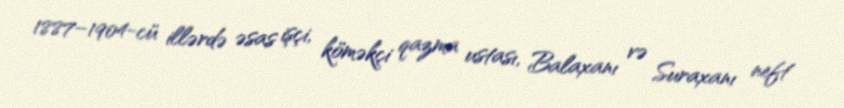
1887–1904-cü illərdə əsas işçi, köməkçi qazma ustası, Balaxanı və Suraxanı neft